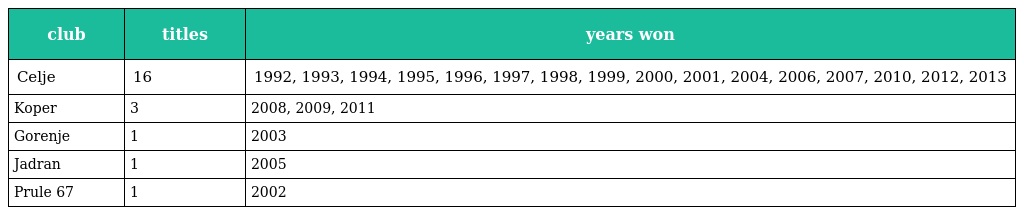
| club | titles | years won |
 | --- | --- | --- |
 | Celje | 16 | 1992, 1993, 1994, 1995, 1996, 1997, 1998, 1999, 2000, 2001, 2004, 2006, 2007, 2010, 2012, 2013 |
 | Koper | 3 | 2008, 2009, 2011 |
 | Gorenje | 1 | 2003 |
 | Jadran | 1 | 2005 |
 | Prule 67 | 1 | 2002 |